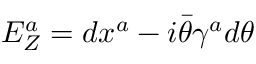
E _ { Z } ^ { a } = d x ^ { a } - i \bar { \theta } \gamma ^ { a } d \theta